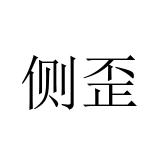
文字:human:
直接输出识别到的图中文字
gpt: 侧歪